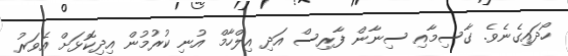
ހޯދައިގެނެވެ. ގާސިމާއި ސިނާން ފާރިސް އަދި އިލްހާމް އުނި ކުރުމުން އިދިކޮޅަށް އެވަރު